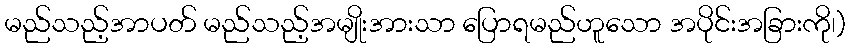
မည်သည့်အာပတ် မည်သည့်အမျိုးအားသာ ပြောရမည်ဟူသော အပိုင်းအခြားကို၊)